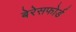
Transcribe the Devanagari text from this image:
बेरेसफोर्ड